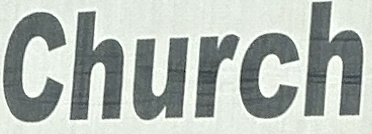
Church